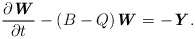
\begin{align*} \frac{\partial \textbf{\textit{W}}}{\partial t} -(B-Q)\textbf{\textit{W}}=-\textbf{\textit{Y}}. \end{align*}